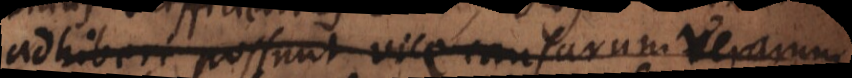
adhiberi possunt vice causarum verarum